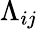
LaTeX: \Lambda_{ij}